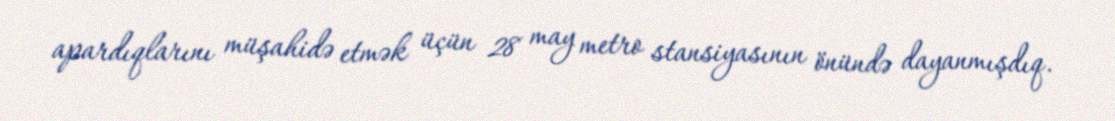
apardıqlarını müşahidə etmək üçün 28 may metro stansiyasının önündə dayanmışdıq.